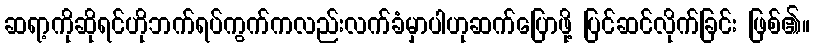
ဆရာ့ကိုဆိုရင်ဟိုဘက်ရပ်ကွက်ကလည်းလက်ခံမှာပါဟုဆက်ပြောဖို့ ပြင်ဆင်လိုက်ခြင်း ဖြစ်၏။